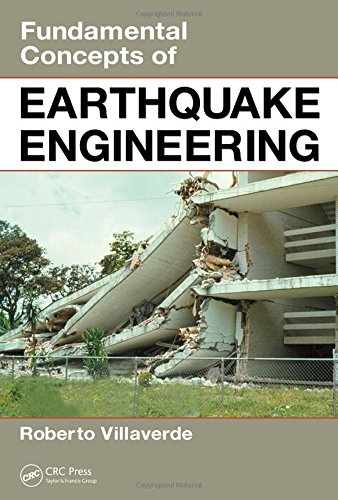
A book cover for Fundamental Concepts of Earthquake Engineering; Roberto Villaverde; Science & Math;